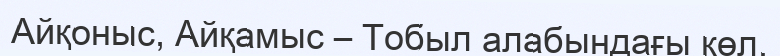
Айқоныс, Айқамыс – Тобыл алабындағы көл.